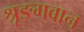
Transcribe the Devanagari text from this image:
श्रृङ्गवान